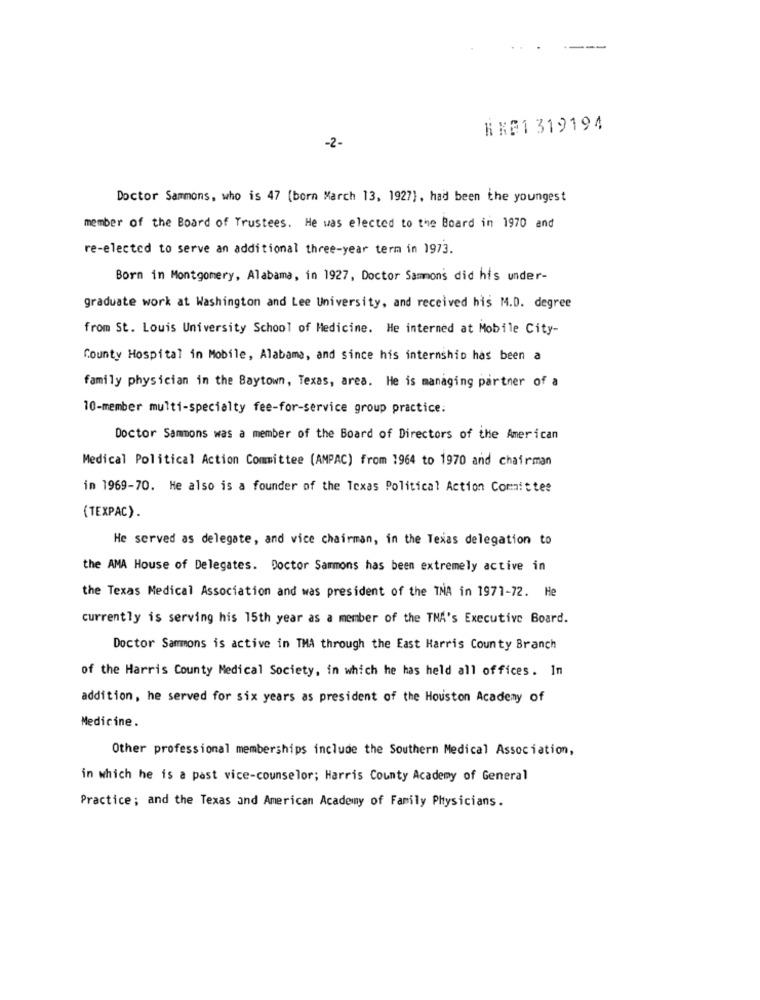
HK91 319194
-2-
Doctor Sammons, who is 47 (born March 13, 1927], had been the youngest
member of the Board of Trustees. He was elected to the Board in 1970 and
re-elected to serve an additional three-year term in 1973.
Born in Montgomery, Alabama, in 1927, Doctor Sammons did his under-
graduate work at Washington and Lee University, and received his M.D. degree
from St. Louis University School of Medicine. Me interned at Mobile City-
County Hospital in Mobile, Alabama, and since his internship has been a
family physician in the Baytown, Texas, area. He is managing partner of a
10-member multi-specialty fee-for-service group practice:
Doctor Sammons was a member of the Board of Directors of the American
Medical Political Action Committee (AMPAC) from 1964 to 1970 and chairman
in 1969-70. He also is a founder of the Texas Political Action Committee
(TEXPAC).
He served as delegate, and vice chairman, in the Texas delegation to
the AMA House of Delegates. Doctor Sammons has been extremely active in
the Texas Medical Association and was president of the TNA in 1971-72. He
currently is serving his 15th year as a member of the THA's Executive Board.
Doctor Sammons is active in TMA through the East Harris County Branch
of the Harris County Medical Society, in which he has held all offices. In
addition, he served for six years as president of the Houston Academy of
Medicine.
Other professional memberships include the Southern Medical Association,
in which he is a past vice-counselor; Harris County Academy of General
Practice; and the Texas and American Academy of Family Physicians.